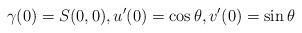
LaTeX: \begin{align*}\gamma(0)=S(0,0),u'(0)=\cos\theta,v'(0)=\sin\theta \end{align*}